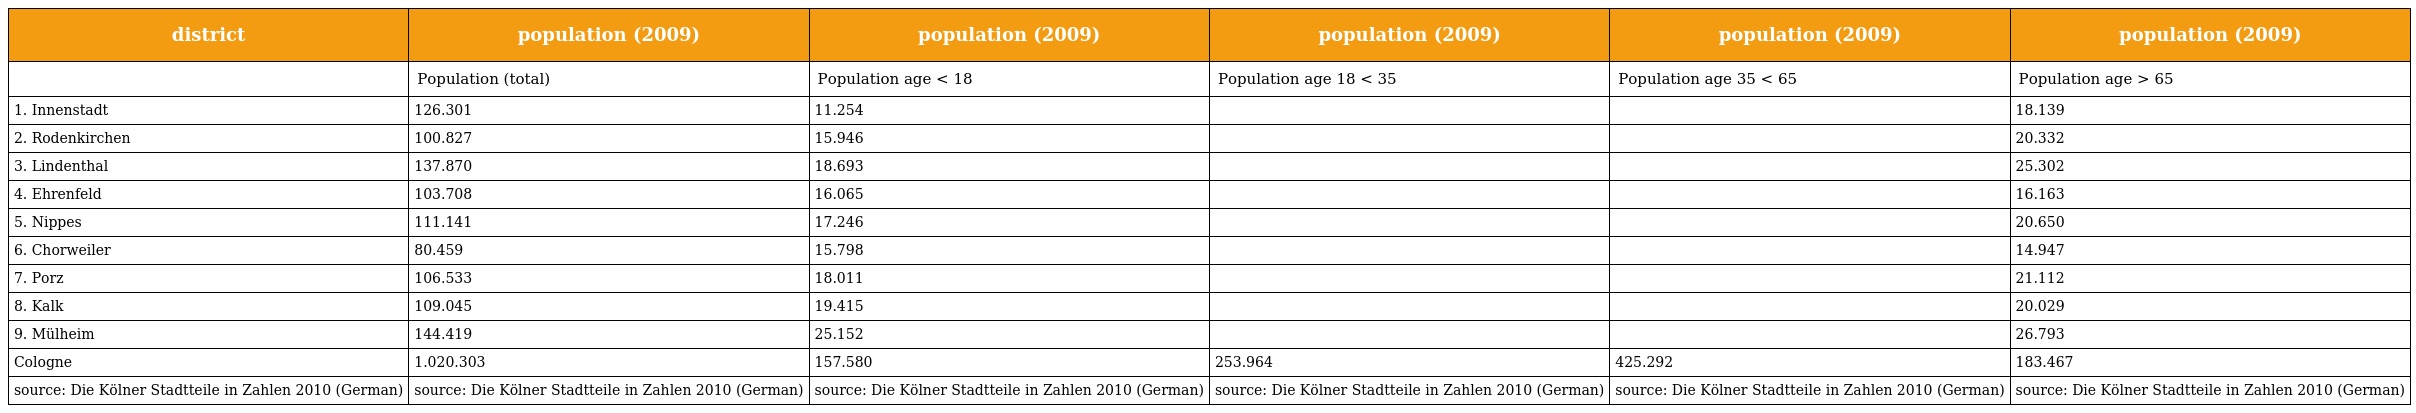
| district | population (2009) | population (2009) | population (2009) | population (2009) | population (2009) |
 | --- | --- | --- | --- | --- | --- |
 |  | Population (total) | Population age < 18 | Population age 18 < 35 | Population age 35 < 65 | Population age > 65 |
 | 1. Innenstadt | 126.301 | 11.254 |  |  | 18.139 |
 | 2. Rodenkirchen | 100.827 | 15.946 |  |  | 20.332 |
 | 3. Lindenthal | 137.870 | 18.693 |  |  | 25.302 |
 | 4. Ehrenfeld | 103.708 | 16.065 |  |  | 16.163 |
 | 5. Nippes | 111.141 | 17.246 |  |  | 20.650 |
 | 6. Chorweiler | 80.459 | 15.798 |  |  | 14.947 |
 | 7. Porz | 106.533 | 18.011 |  |  | 21.112 |
 | 8. Kalk | 109.045 | 19.415 |  |  | 20.029 |
 | 9. Mülheim | 144.419 | 25.152 |  |  | 26.793 |
 | Cologne | 1.020.303 | 157.580 | 253.964 | 425.292 | 183.467 |
 | source: Die Kölner Stadtteile in Zahlen 2010 (German) | source: Die Kölner Stadtteile in Zahlen 2010 (German) | source: Die Kölner Stadtteile in Zahlen 2010 (German) | source: Die Kölner Stadtteile in Zahlen 2010 (German) | source: Die Kölner Stadtteile in Zahlen 2010 (German) | source: Die Kölner Stadtteile in Zahlen 2010 (German) |